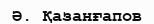
Ә. Қазанғапов